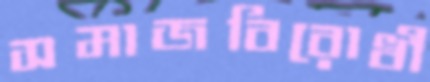
সমাজবিরোধী